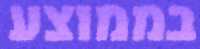
בממוצע